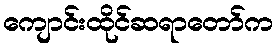
ကျောင်းထိုင်ဆရာတော်က